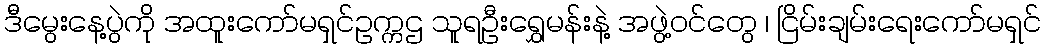
ဒီမွေးနေ့ပွဲကို အထူးကော်မရှင်ဥက္ကဌ သူရဦးရွှေမန်းနဲ့ အဖွဲ့ဝင်တွေ ၊ ငြိမ်းချမ်းရေးကော်မရှင်